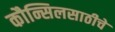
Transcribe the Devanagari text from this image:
कौन्सिलसाठीचे